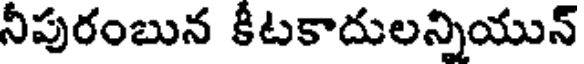
నీపురంబున కీటకాదులన్నియున్